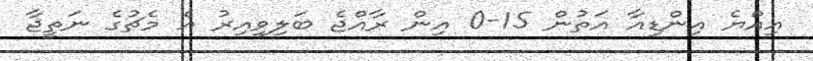
އިއްޔެ އިންޑިއާ އަތުން 15-0 އިން ރާއްޖެ ބަލިވިއިރު އެ މެޗުގެ ނަތީޖާ